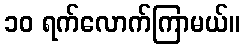
၁၀ ရက်လောက်ကြာမယ်။